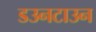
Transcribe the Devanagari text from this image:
डउनटाउन